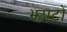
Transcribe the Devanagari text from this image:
झपटों